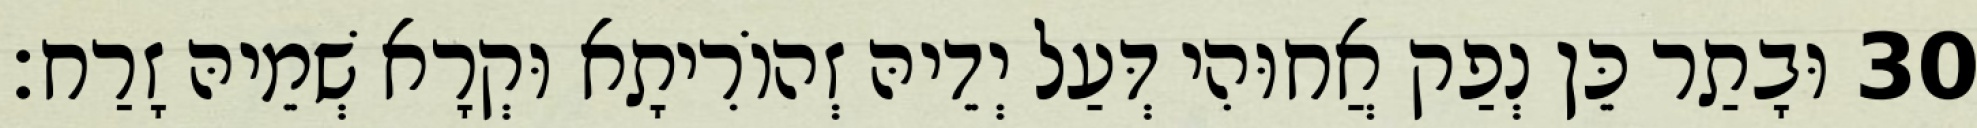
30 וּבָתַר כֵּן נְפַק אֲחוּהִי דְּעַל יְדֵיהּ זְהוֹרִיתָא וּקְרָא שְׁמֵיהּ זָרַח׃